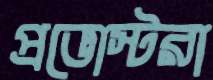
প্রভোস্টরা